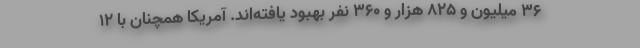
۳۶ میلیون و ۸۲۵ هزار و ۳۶۰ نفر بهبود یافته‌اند. آمریکا همچنان با ۱۲